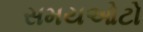
સમયઓટો